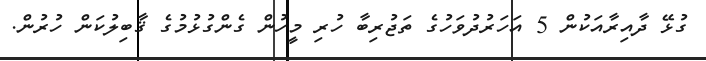
ގުޅޭ ދާއިރާއަކުން 5 އަހަރުދުވަހުގެ ތަޖުރިބާ ހުރި މީހުން ގެންގުޅުމުގެ ޤާބިލުކަން ހުރުން.